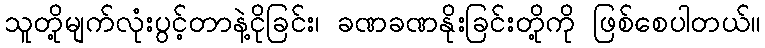
သူတို့မျက်လုံးပွင့်တာနဲ့ငိုခြင်း၊ ခဏခဏနိုးခြင်းတို့ကို ဖြစ်စေပါတယ်။